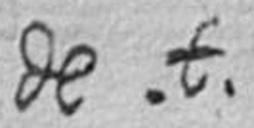
de t